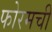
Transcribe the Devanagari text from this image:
फोरमची